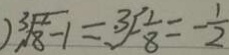
) \sqrt [ 3 ] { \frac { 1 } { 8 } - 1 } = \sqrt [ 3 ] { - \frac { 1 } { 8 } } = - \frac { 1 } { 2 }